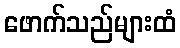
ဖောက်သည်များထံ